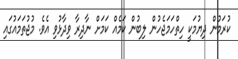
ކުރަމުން ދިޔުމަކީ ހިތްހަމަޖެހުން ލިބުން ކަމެއް ކަމަށް ނާދިރާ ވިދާޅުވި އެވެ. މުޖުތަމައުގައި